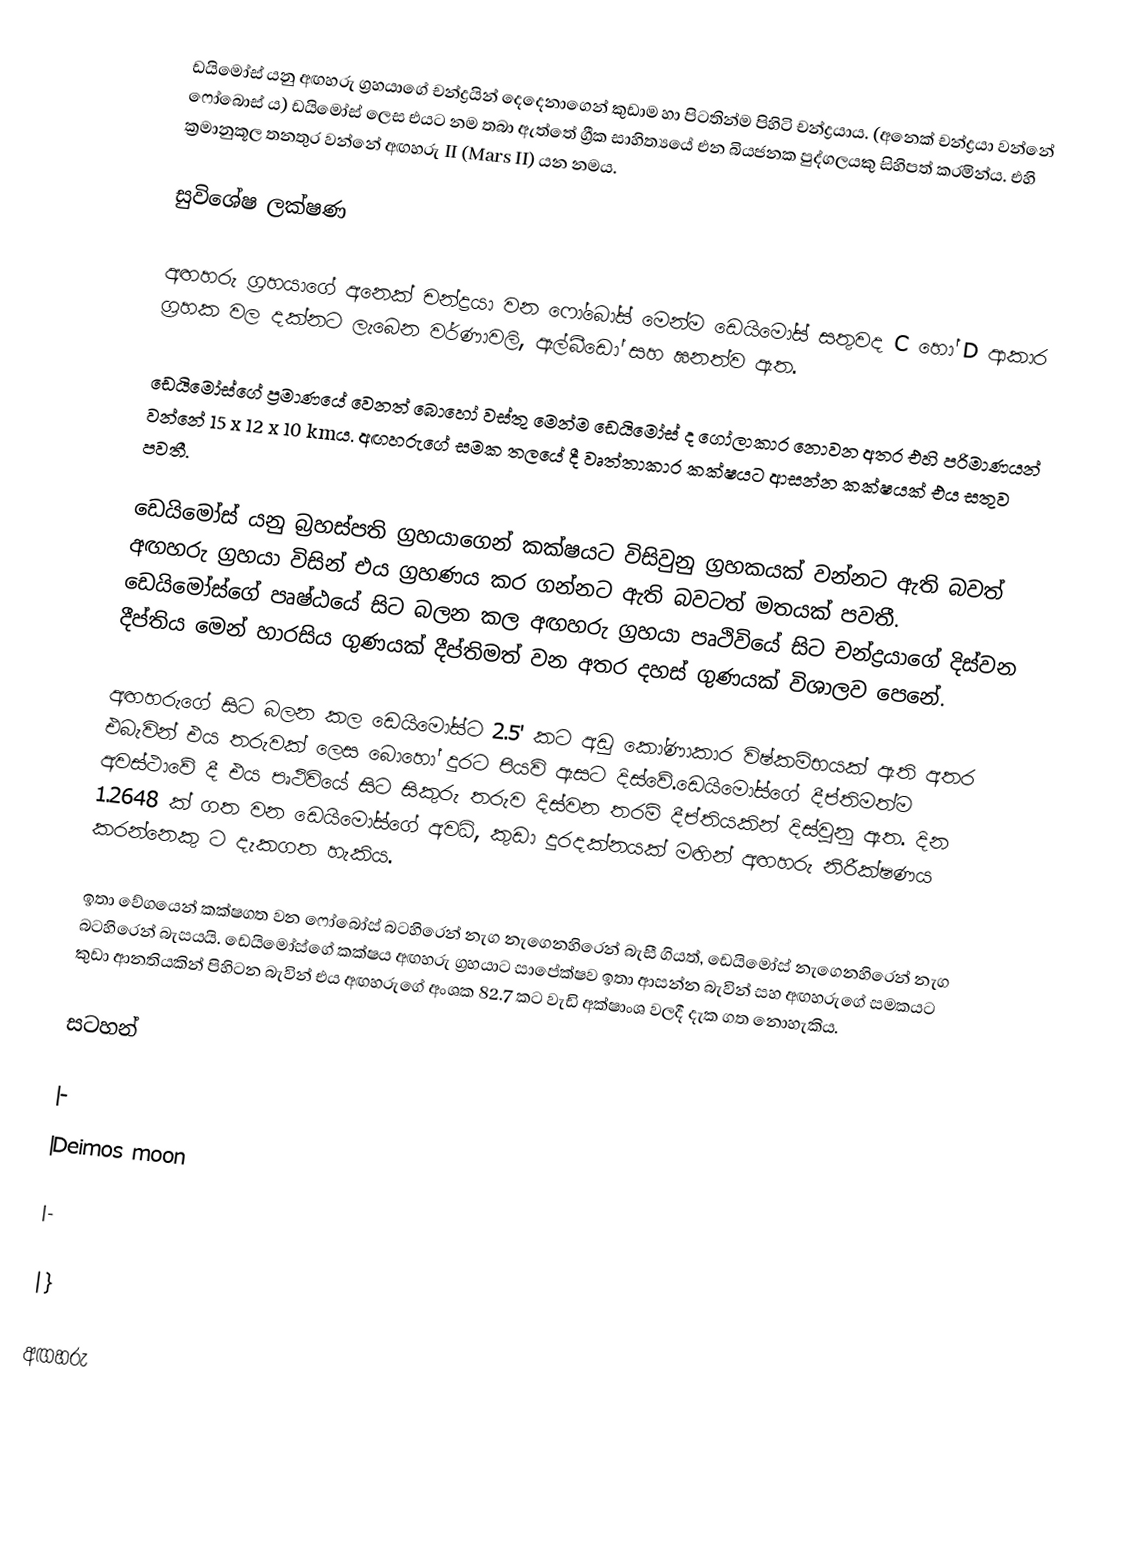
ඩයිමෝස් යනු අඟහරු ග්‍රහයාගේ චන්ද්‍රයින් දෙදෙනාගෙන් කුඩාම හා පිටතින්ම පිහිටි චන්ද්‍රයාය. (අනෙක් චන්ද්‍රයා වන්නේ ෆෝබොස් ය) ඩයිමෝස් ලෙස එයට නම තබා ඇත්තේ ග්‍රීක සාහිත්‍යයේ එන බියජනක පුද්ගලයකු සිහිපත් කරමින්ය. එහි ක්‍රමානුකූල තනතුර වන්නේ අඟහරු II (Mars II) යන නමය.

සුවිශේෂ ලක්ෂණ

අඟහරු ග්‍රහයාගේ අනෙක් චන්ද්‍රයා වන ෆෝබෝස් මෙන්ම ඩෙයිමෝස් සතුවද C හෝ D ආකාර  ග්‍රහක වල දක්නට ලැබෙන වර්ණාවලි, ඇල්බී‍ඩෝ සහ ඝනත්ව ඇත.

ඩෙයිමෝස්ගේ ප්‍රමාණයේ වෙනත් බොහෝ වස්තු මෙන්ම ඩෙයි‍‍මෝස් ද ගෝලාකාර නොවන අතර එහි පරිමාණයන් වන්නේ 15 x 12 x 10 kmය. අඟහරුගේ සමක තලයේ දී වෘත්තාකාර කක්ෂයට ආසන්න කක්ෂයක් එය සතුව පවතී.

ඩෙයිමෝස් යනු බ්‍රහස්පති ග්‍රහයාගෙන් කක්ෂයට විසිවුනු ග්‍රහකයක් වන්නට ඇති බවත් අඟහරු ග්‍රහයා විසින් එය ග්‍රහණය කර ගන්නට ඇති බවටත් මතයක් පවතී. ඩෙයිමෝස්ගේ පෘෂ්ඨයේ සිට බලන කල අඟහරු ග්‍රහයා පෘථිවියේ සිට චන්ද්‍රයා‍ගේ දිස්වන දීප්තිය මෙන් හාරසිය ගුණයක් දීප්තිමත් වන අතර දහස් ගුණයක් විශාලව පෙනේ.

අඟහරුගේ සිට බලන කල ඩෙයි‍මෝස්ට 2.5' කට අඩු කෝණාකාර විෂ්කම්භයක් ඇති අතර එබැවින් එය තරුවක් ලෙස බො‍හෝ දුරට පියවි ඇසට දිස්වේ.ඩෙයිමෝස්ගේ දීප්තිමත්ම අවස්ථාවේ දී එය පෘථි‍වියේ සිට සිකුරු තරුව දිස්වන තරම් දීප්තියකින් දිස්වුනු ඇත. දින 1.2648 ක් ගත වන ඩෙයිමෝස්ගේ අවධි, කුඩා දුරදක්නයක් මඟින් අඟහරු නිරීක්ෂණය කරන්නෙකු ට දැකගත හැකිය.

ඉතා වේගයෙන් කක්ෂගත වන ෆෝබෝස් බටහිරෙන් නැග නැගෙනහිරෙන් බැසී ගියත්, ඩෙයිමෝස් නැගෙනහිරෙන් නැග බටහිරෙන් බැසයයි. ඩෙයිමෝස්ගේ කක්ෂය අඟහරු ග්‍රහයාට සාපේක්ෂව ඉතා ආසන්න බැවින් සහ අඟහරුගේ සමකයට කුඩා ආනතියකින් පිහිටන බැවින් එය අඟහරුගේ අංශක 82.7 කට වැඩි අක්ෂාංශ වලදී දැක ගත නොහැකිය.

සටහන්

|-
|Deimos moon

|-

|}

අඟහරු